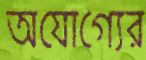
অযোগ্যের